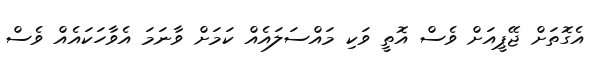
އެގޮތަށް ޖޭޕީއަށް ވެސް އޮތީ ވަކި މައްސަލައެއް ކަމަށް ވާނަމަ އެވާހަކައެއް ވެސް